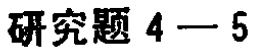
研究题 4—5